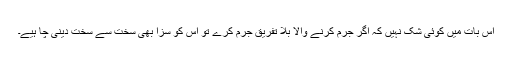
اس بات میں کوئی شک نہیں کہ اگر جرم کرنے والا بلا تفریق جرم کرے تو اس کو سزا بھی سخت سے سخت دینی چا ہیے۔